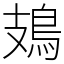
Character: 鳷